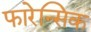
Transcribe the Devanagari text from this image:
फारेन्सिक